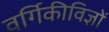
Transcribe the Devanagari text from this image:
वर्गिकीविज्ञों